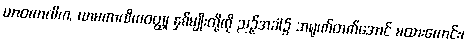
ယာဝကာလိက, ယာမကာလိကဝတ္ထု နှစ်မျိုးတို့ကို ညဉ့်အခါ၌ အရုဏ်တက်အောင် မထားကောင်း၊